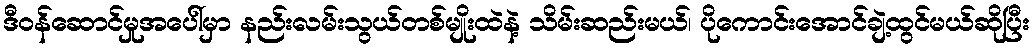
ဒီဝန်ဆောင်မှုအပေါ်မှာ နည်းလမ်းသွယ်တစ်မျိုးထဲနဲ့ သိမ်းဆည်းမယ်၊ ပိုကောင်းအောင်ချဲ့ထွင်မယ်ဆိုပြီး